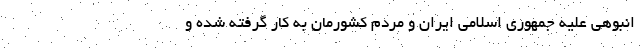
انبوهی علیه جمهوری اسلامی ایران و مردم کشورمان به کار گرفته شده و